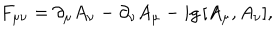
F _ { \mu \nu } = \partial _ { \mu } A _ { \nu } - \partial _ { \nu } A _ { \mu } - i g \, [ A _ { \mu } , A _ { \nu } ] ,